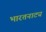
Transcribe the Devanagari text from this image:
भारतनाट्य